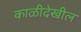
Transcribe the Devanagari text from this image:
काळीदेखील